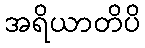
အရိယာတိပိ